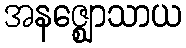
အနဇ္ဈောသာယ